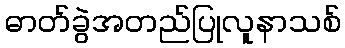
ဓာတ်ခွဲအတည်ပြုလူနာသစ်